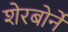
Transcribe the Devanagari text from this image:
शेरबोर्ने